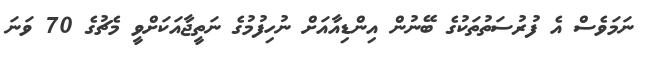
ނަމަވެސް އެ ފުރުސަތުތަކުގެ ބޭނުން އިންޑިއާއަށް ނުހިފުމުގެ ނަތީޖާއަކަށްވީ މެޗުގެ 70 ވަނަ